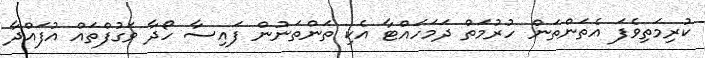
ކުރިމަތިވެފަ އެތަންތަން ހުރުމަތް ދަމަހައްޓާ އެކި ތަންތަނުން ފައިސާ ހޯދާ ވަގުފްތައް އުފައްދާ